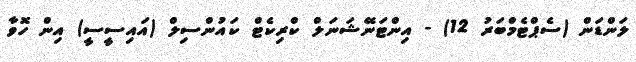
ލަންޑަން (ސެޕްޓެމްބަރު 12) - އިންޓަނޭޝަނަލް ކްރިކެޓް ކައުންސިލް (އައިސީސީ) އިން ހޮވާ